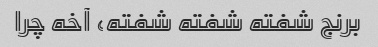
برنج شفته شفته شفته، آخه چرا